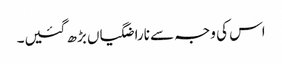
اس کی وجہ سے ناراضگیاں بڑھ گئیں۔